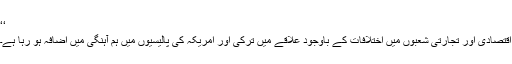
‘‘
اقتصادی اور تجارتی شعبوں میں اختلافات کے باوجود علاقے میں ترکی اور امریکہ کی پالیسیوں میں ہم آہنگی میں اضافہ ہو رہا ہے۔